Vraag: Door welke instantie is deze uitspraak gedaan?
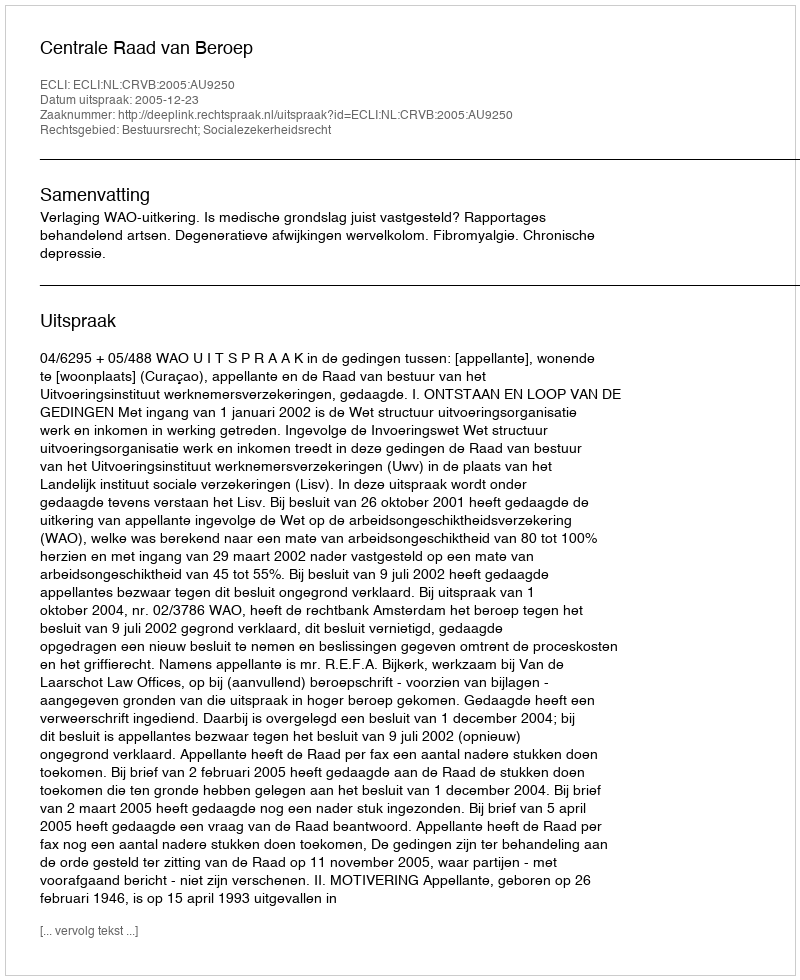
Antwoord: Centrale Raad van Beroep